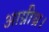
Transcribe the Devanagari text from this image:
आग्नीध्र।